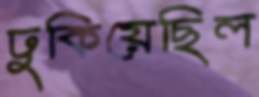
ঢুকিয়েছিল